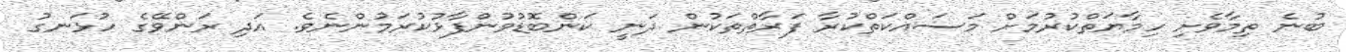
ބުނެ ތިމާވެށި ހިމާޔަތްކުރުމަށް މަސައްކަތްކުރާ ފަރާތްތަކުން ދަނީ ކަންބޮޑުވުންފާޅުކުރަމުންނެވެ. އަދި ރަންވޭގެ ހުޅަނގު